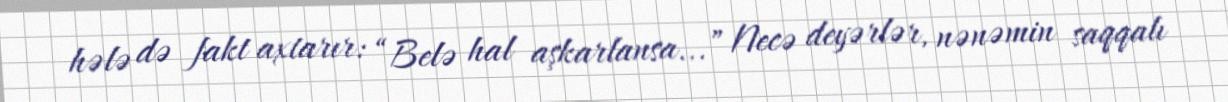
hələ də fakt axtarır: “Belə hal aşkarlansa...” Necə deyərlər, nənəmin saqqalı